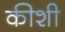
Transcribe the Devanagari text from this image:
कीशी